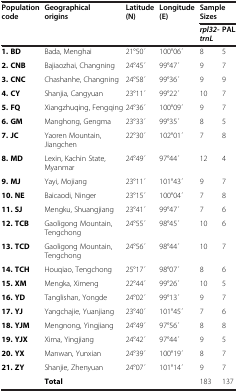
<table><thead><tr><td rowspan="2"><b>Population code</b></td><td rowspan="2"><b>Geographical origins</b></td><td rowspan="2"><b>Latitude (N)</b></td><td rowspan="2"><b>Longitude (E)</b></td><td colspan="2"><b>Sample Sizes</b></td></tr><tr><td><b><i>rpl32- trnL</i></b></td><td><b>PAL</b></td></tr></thead><tbody><tr><td><b>1. BD</b></td><td>Bada, Menghai</td><td>21°50 ́</td><td>100°06 ́</td><td>8</td><td>5</td></tr><tr><td><b>2. CNB</b></td><td>Bajiaozhai, Changning</td><td>24°45 ́</td><td>99°47 ́</td><td>9</td><td>7</td></tr><tr><td><b>3. CNC</b></td><td>Chashanhe, Changning</td><td>24°58 ́</td><td>99°36 ́</td><td>9</td><td>9</td></tr><tr><td><b>4. CY</b></td><td>Shanjia, Cangyuan</td><td>23°11 ́</td><td>99°22 ́</td><td>10</td><td>7</td></tr><tr><td><b>5. FQ</b></td><td>Xiangzhuqing, Fengqing</td><td>24°36 ́</td><td>100°09 ́</td><td>9</td><td>7</td></tr><tr><td><b>6. GM</b></td><td>Manghong, Gengma</td><td>23°33 ́</td><td>99°35 ́</td><td>8</td><td>5</td></tr><tr><td><b>7. JC</b></td><td>Yaoren Mountain, Jiangchen</td><td>22°30 ́</td><td>102°01 ́</td><td>7</td><td>8</td></tr><tr><td><b>8. MD</b></td><td>Lexin, Kachin State, Myanmar</td><td>24°49 ́</td><td>97°44 ́</td><td>12</td><td>4</td></tr><tr><td><b>9. MJ</b></td><td>Yayi, Mojiang</td><td>23°11 ́</td><td>101°43 ́</td><td>9</td><td>7</td></tr><tr><td><b>10. NE</b></td><td>Baicaodi, Ninger</td><td>23°15 ́</td><td>100°04 ́</td><td>7</td><td>8</td></tr><tr><td><b>11. SJ</b></td><td>Mengku, Shuangjiang</td><td>23°41 ́</td><td>99°47 ́</td><td>7</td><td>6</td></tr><tr><td><b>12. TCB</b></td><td>Gaoligong Mountain, Tengchong</td><td>24°55 ́</td><td>98°45 ́</td><td>10</td><td>6</td></tr><tr><td><b>13. TCD</b></td><td>Gaoligong Mountain, Tengchong</td><td>24°56 ́</td><td>98°44 ́</td><td>10</td><td>7</td></tr><tr><td><b>14. TCH</b></td><td>Houqiao, Tengchong</td><td>25°17 ́</td><td>98°07 ́</td><td>8</td><td>6</td></tr><tr><td><b>15. XM</b></td><td>Mengka, Ximeng</td><td>22°44 ́</td><td>99°26 ́</td><td>10</td><td>5</td></tr><tr><td><b>16. YD</b></td><td>Tanglishan, Yongde</td><td>24°02 ́</td><td>99°13 ́</td><td>9</td><td>7</td></tr><tr><td><b>17. YJ</b></td><td>Yangchajie, Yuanjiang</td><td>23°40 ́</td><td>101°45 ́</td><td>7</td><td>6</td></tr><tr><td><b>18. YJM</b></td><td>Mengnong, Yingjiang</td><td>24°49 ́</td><td>97°56 ́</td><td>8</td><td>8</td></tr><tr><td><b>19. YJX</b></td><td>Xima, Yingjiang</td><td>24°42 ́</td><td>97°44 ́</td><td>9</td><td>5</td></tr><tr><td><b>20. YX</b></td><td>Manwan, Yunxian</td><td>24°39 ́</td><td>100°19 ́</td><td>8</td><td>7</td></tr><tr><td><b>21. ZY</b></td><td>Shanjie, Zhenyuan</td><td>24°07 ́</td><td>101°14 ́</td><td>9</td><td>7</td></tr><tr><td>[EMPTY_CELL]</td><td><b>Total</b></td><td>[EMPTY_CELL]</td><td>[EMPTY_CELL]</td><td>183</td><td>137</td></tr></tbody></table>